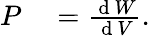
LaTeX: \begin{array}{rl}{P}&{{}=\frac{\mathrm{~d~}W}{\mathrm{~d~}V}.}\end{array}